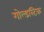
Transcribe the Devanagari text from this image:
गोल्डस्टिक